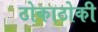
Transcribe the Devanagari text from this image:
ठोकाठोकी